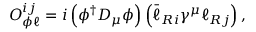
{ \cal O } _ { \phi \ell } ^ { i j } = i \left( \phi ^ { \dagger } D _ { \mu } \phi \right) \left( \bar { \ell } _ { R i } \gamma ^ { \mu } \ell _ { R j } \right) ,